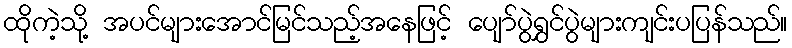
ထိုကဲ့သို့ အပင်များအောင်မြင်သည့်အနေဖြင့် ပျော်ပွဲရွှင်ပွဲများကျင်းပပြန်သည်။